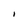
Character: I